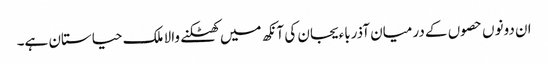
ان دونوں حصوں کے درمیان آذرباءیجان کی آنکھ میں کھٹکنے والا ملک حیاستان ہے۔